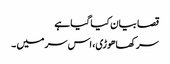
قصا بیان کیا گیا ہے
سر کھاھوڑی، اس سر میں ۔